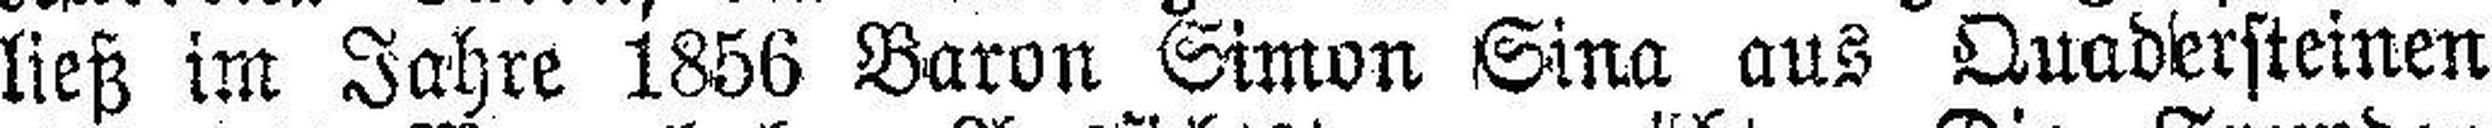
ließ im Jahre 1856 Baron Simon Sina aus Quadersteinen